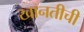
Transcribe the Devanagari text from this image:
खानतीची